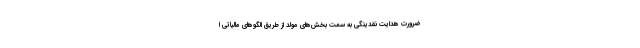
ضرورت هدایت نقدینگی به سمت بخش‌های مولد از طریق الگوهای مالیاتی ا